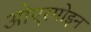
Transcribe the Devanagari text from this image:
ओएरमोइन